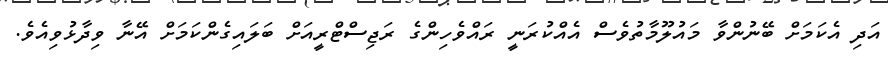
އަދި އެކަމަށް ބޭނުންވާ މައުލޫމާތުވެސް އެއްކުރަނީ ރައްވެހިންގެ ރަޖިސްޓްރީއަށް ބަލައިގެންކަމަށް އޭނާ ވިދާޅުވިއެވެ.